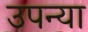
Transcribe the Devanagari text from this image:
उपन्या